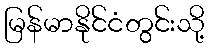
မြန်မာနိုင်ငံတွင်းသို့